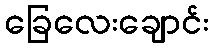
ခြေလေးချောင်း